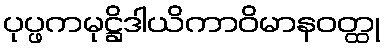
ပုပ္ဖကမုဋ္ဌိဒါယိကာဝိမာနဝတ္ထု